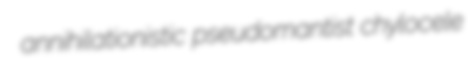
annihilationistic pseudomantist chylocele